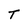
Character: T